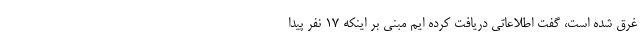
غرق شده است، گفت اطلاعاتی دریافت کرده ایم مبنی بر اینکه ۱۷ نفر پیدا